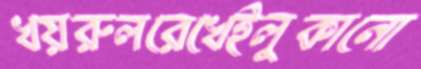
খয়রুলরেখেইলুকানো